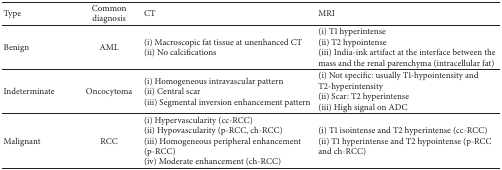
<table><thead><tr><td><b>Type</b></td><td><b>Common diagnosis</b></td><td><b>CT</b></td><td><b>MRI</b></td></tr></thead><tbody><tr><td>Benign</td><td>AML</td><td>(i) Macroscopic fat tissue at unenhanced CT(ii) No calcifications</td><td>(i) T1 hyperintense(ii) T2 hypointense(iii) India-ink artifact at the interface between the mass and the renal parenchyma (intracellular fat)</td></tr><tr><td>Indeterminate</td><td>Oncocytoma</td><td>(i) Homogeneous intravascular pattern(ii) Central scar(iii) Segmental inversion enhancement pattern</td><td>(i) Not specific: usually T1-hypointensity and T2-hyperintensity(ii) Scar: T2 hyperintense (iii) High signal on ADC</td></tr><tr><td>Malignant</td><td>RCC</td><td>(i) Hypervascularity (cc-RCC)(ii) Hypovascularity (p-RCC, ch-RCC)(iii) Homogeneous peripheral enhancement (p-RCC)(iv) Moderate enhancement (ch-RCC)</td><td>(i) T1 isointense and T2 hyperintense (cc-RCC)(ii) T1 hyperintense and T2 hypointense (p-RCC and ch-RCC)</td></tr></tbody></table>